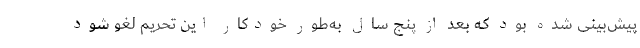
پیش‌بینی شده بود که بعد از پنج سال به‌طور خودکار این تحریم لغو شود